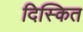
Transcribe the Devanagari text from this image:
दिस्कित